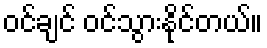
ဝင်ချင် ဝင်သွားနိုင်တယ်။